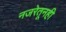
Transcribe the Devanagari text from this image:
नजरेतूनही